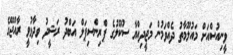
ވީނިއުސްއަށް މައުލޫމާތު ދެއްވަމުން މަޖީދިއްޔާ ސުކޫލުގެ ޕްރިންސިޕަލް އަބްދު ރަޝީދު ވިދާޅުވީ ރާއްޖޭގެ